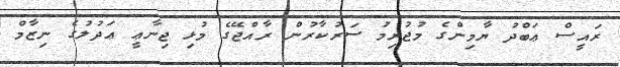
ރައީސް ޢަބްދު ޔާމިންގެ މުޖުރިމު ސަރުކާރުން ރާއްޖޭގެ މުޅި ޖިނާޢީ ޢަދުލުގެ ނިޒާމް